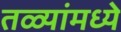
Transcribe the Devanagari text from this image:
तळ्यांमध्ये